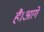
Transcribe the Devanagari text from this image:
है।आगे